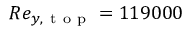
R e _ { y , \mathrm { ~ t ~ o ~ p ~ } } = 1 1 9 0 0 0